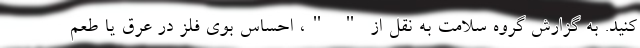
کنید. به گزارش گروه سلامت به نقل از " "، احساس بوی فلز در عرق یا طعم